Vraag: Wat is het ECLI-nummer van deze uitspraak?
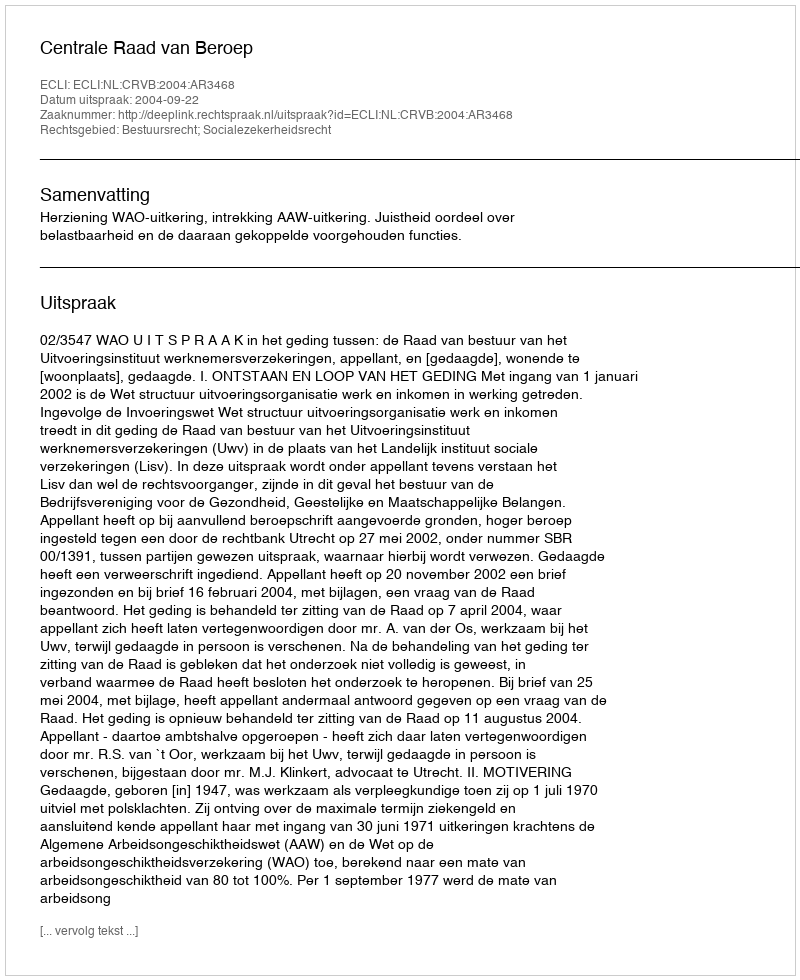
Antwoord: ECLI:NL:CRVB:2004:AR3468